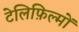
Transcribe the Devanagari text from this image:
टेलिफ़िल्मों